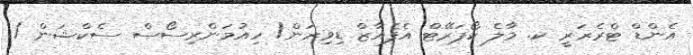
އެންޑް ޓްރެޜަރީ ކ. މާލެ ކޯޕަރޭޓް އެފެއާޒް ޑިވިޜަން/ ހިއުމަންރިސޯސް ސެކްޝަން /